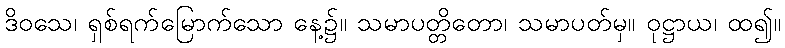
ဒိဝသေ၊ ရှစ်ရက်မြောက်သော နေ့၌။ သမာပတ္တိတော၊ သမာပတ်မှ။ ဝုဋ္ဌာယ၊ ထ၍။